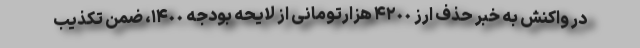
در واکنش به خبر حذف ارز ۴٢٠٠ هزارتومانی از لایحه بودجه ١۴٠٠، ضمن تکذیب